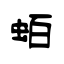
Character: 蛨